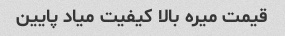
قیمت میره بالا کیفیت میاد پایین